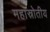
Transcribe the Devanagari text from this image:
महास्रोतीय